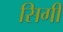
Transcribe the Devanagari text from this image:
सिगी